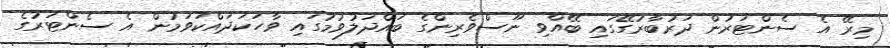
މިރޭ އެ ސެންޓަރުން ދަރުބާރުގޭގައި ބޭއްވި ނޫސްވެރިންގެ ބައްދަލުވުމުގައި ވާހަކަދައްކަވަމުން އެ ސެންޓަރުގެ